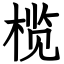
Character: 榄